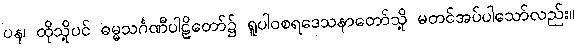
ပန၊ ထိုသို့ပင် ဓမ္မသင်္ဂဏီပါဠိတော်၌ ရူပါဝစရဒေသနာတော်သို့ မတင်အပ်ပါသော်လည်း။